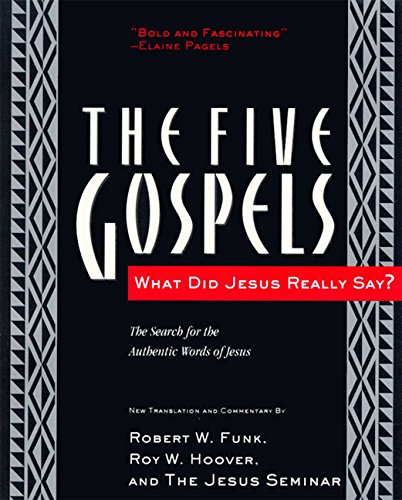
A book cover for The Five Gospels: What Did Jesus Really Say? The Search for the Authentic Words of Jesus; Robert W. Funk; Reference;